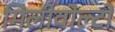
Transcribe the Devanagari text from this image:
मिलीवोल्टों